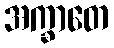
အက္ခာတေ